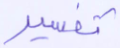
تفسير